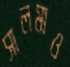
সালমাও